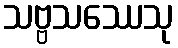
သဗ္ဗသဿေသု